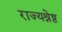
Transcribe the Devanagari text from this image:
राज्यश्रेष्ठ